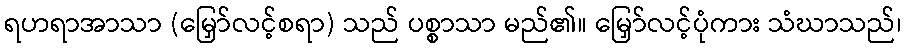
ရဟရာအာသာ (မြှော်လင့်စရာ) သည် ပစ္စာသာ မည်၏။ မြှော်လင့်ပုံကား သံဃာသည်၊